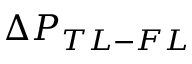
\Delta P _ { T L - F L }